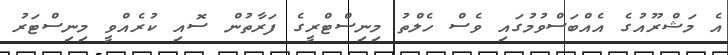
އެ މަޝްރޫއުގެ އެއްބަސްވުމުގައި ވެސް ހެލްތު މިނިސްޓްރީގެ ފަރާތުން ސޮއި ކުރެއްވީ މިނިސްޓަރުު